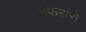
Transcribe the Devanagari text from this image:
अफसरो